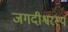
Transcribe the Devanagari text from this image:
जगदीश्वरस्य